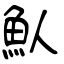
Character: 魜